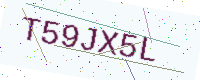
Text: T59JX5L